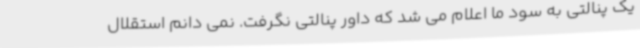
یک پنالتی به سود ما اعلام می شد که داور پنالتی نگرفت. نمی دانم استقلال